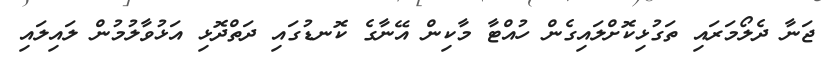
ޖަނާ ދެލޯމަރައި ތަގުޅިކޮށްލައިގެން ހުއްޓާ މާކިން އޭނާގެ ކޮނޑުގައި ދަތްދޮޅި އަޅުވާލުމުން ލައިލައި